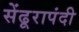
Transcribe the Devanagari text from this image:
सेंढूरापंदी